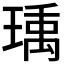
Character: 𬍿